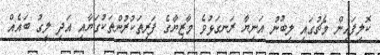
ކޮލިފައިން މެޗުގައި ލިބުނު އަނިޔާ ރަނގަޅުވެ މާޒިޔާގެ ފަރިތަކުރުންތަކުގަޔާއި އަދި ލީގު ބައެއް